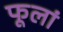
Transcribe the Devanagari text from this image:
फूलां